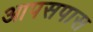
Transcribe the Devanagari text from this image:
आपसपास